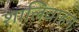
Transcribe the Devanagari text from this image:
शालिवाहनः